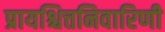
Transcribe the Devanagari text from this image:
प्रायश्चित्तनिवारिणी